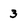
Character: 3